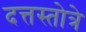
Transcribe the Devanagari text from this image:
दत्तस्तोत्रे